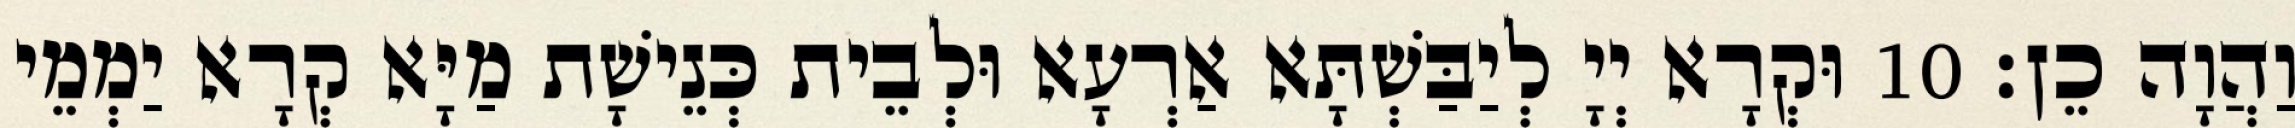
וַהֲוָה כֵן׃ 10 וּקְרָא יְיָ לְיַבַּשְׁתָּא אַרְעָא וּלְבֵית כְּנֵישָׁת מַיָּא קְרָא יַמְמֵי